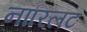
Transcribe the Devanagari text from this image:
नॉरिलट